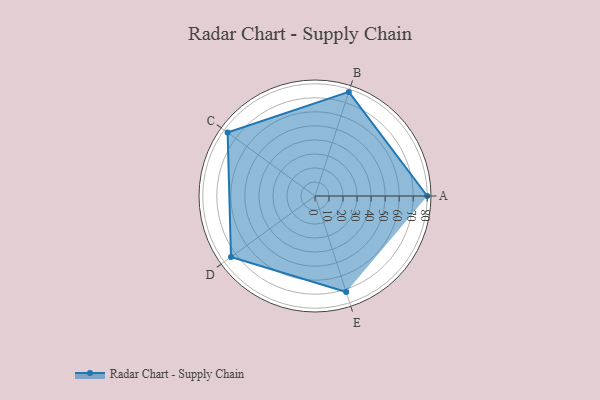
{"axis": {"x": "Skill", "y": "Score"}, "legend": ["Profile"], "data": [{"x": "A", "y": 80.0, "type": "Profile"}, {"x": "B", "y": 78.0, "type": "Profile"}, {"x": "C", "y": 77.0, "type": "Profile"}, {"x": "D", "y": 74.0, "type": "Profile"}, {"x": "E", "y": 72.0, "type": "Profile"}]}